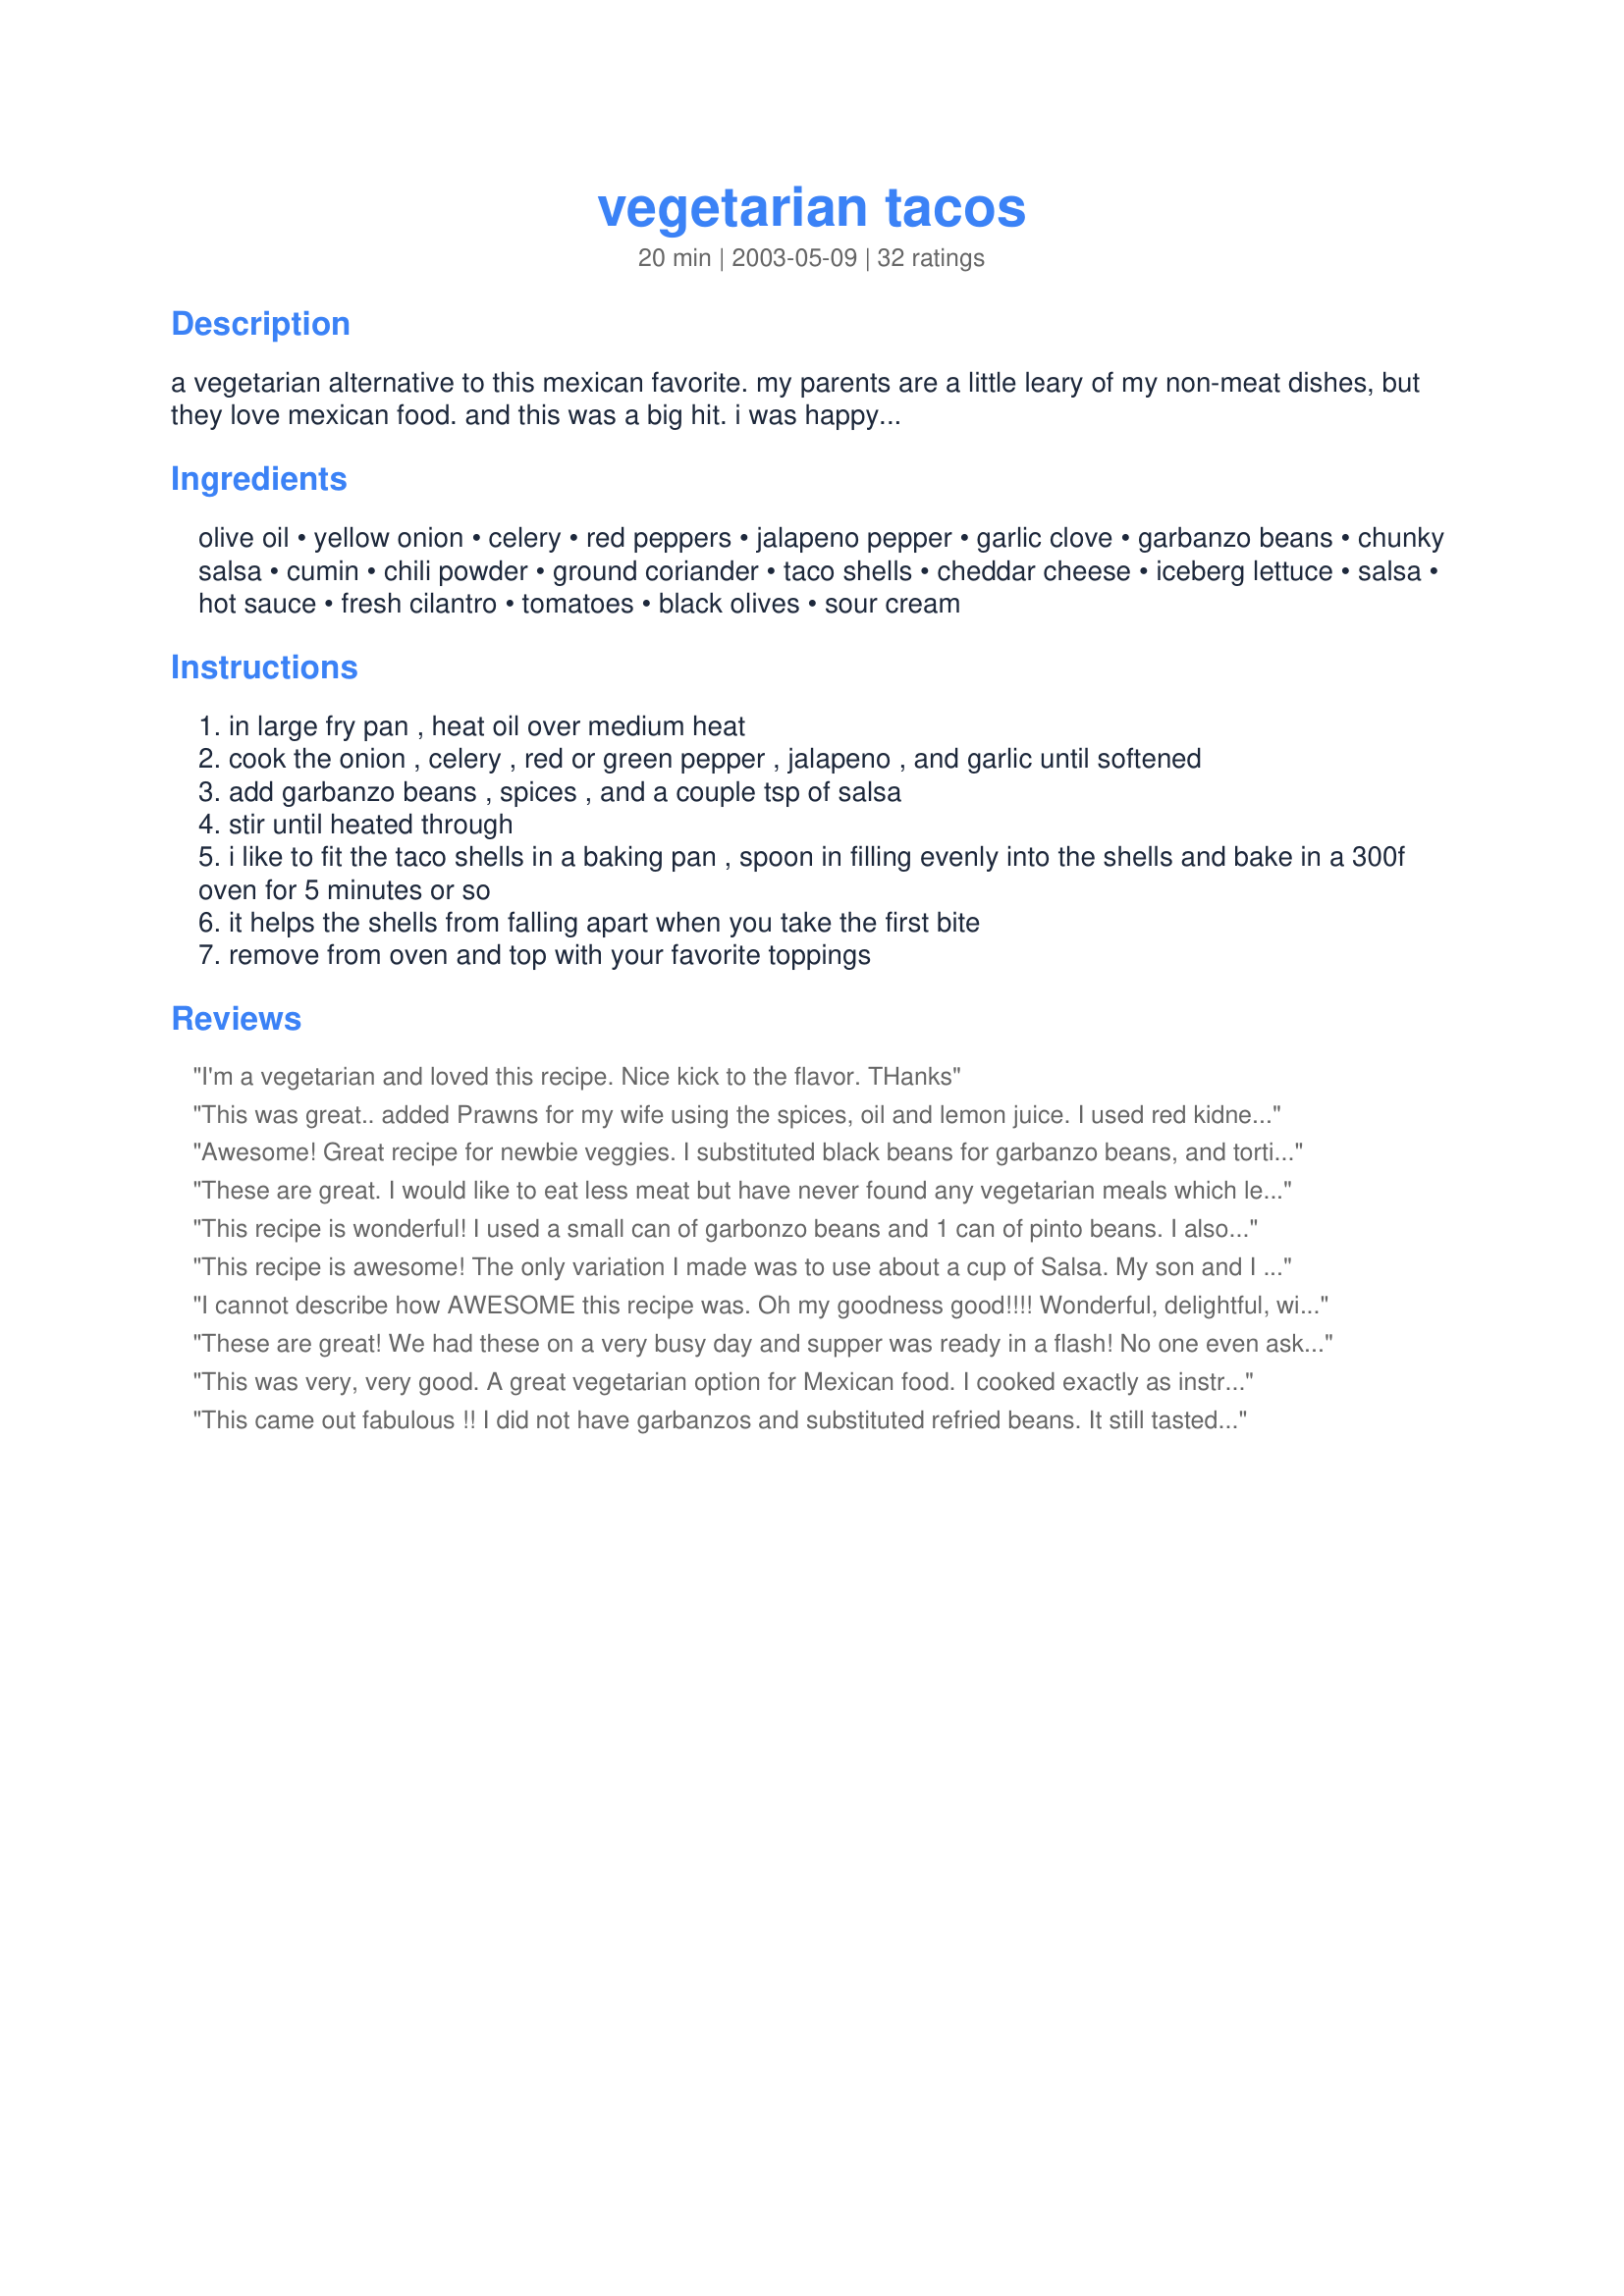
vegetarian tacos
Preparation time: 20 minutes

a vegetarian alternative to this mexican favorite. my parents are a little leary of my non-meat dishes, but they love mexican food. and this was a big hit. i was happy...

Ingredients:
olive oil, yellow onion, celery, red peppers, jalapeno pepper, garlic clove, garbanzo beans, chunky salsa, cumin, chili powder, ground coriander, taco shells, cheddar cheese, iceberg lettuce, salsa, hot sauce, fresh cilantro, tomatoes, black olives, sour cream

Steps:
in large fry pan , heat oil over medium heat
cook the onion , celery , red or green pepper , jalapeno , and garlic until softened
add garbanzo beans , spices , and a couple tsp of salsa
stir until heated through
i like to fit the taco shells in a baking pan , spoon in filling evenly into the shells and bake in a 300f oven for 5 minutes or so
it helps the shells from falling apart when you take the first bite
remove from oven and top with your favorite toppings

Reviews:
I'm a vegetarian and loved this recipe. Nice kick to the flavor. THanks
This was great.. added Prawns for my wife using the spices, oil and lemon juice. I used red kidney beans rather than garbanzo beans. We both loved it!
Awesome! Great recipe for newbie veggies. I substituted black beans for garbanzo beans, and tortilla chips for taco shells. I turned out quiet well.
These are great. I would like to eat less meat but have never found any vegetarian meals which leave me satisfied. These are the first vegetarian dish going into the rotation.<br/><br/>Notes: I used diced tomatoes instead of salsa, since the rest of the ingredients in salsa were already added (peppers, garlic, onion, cilantro, salt). I left out the coriander because I didn't have it on hand. Thanks for this!
This recipe is wonderful! I used a small can of garbonzo beans and 1 can of pinto beans. I also only did half the jalapeno because of serving little ones. It was a big hit all around!
This recipe is awesome! The only variation I made was to use about a cup of Salsa. My son and I are being vegetarians for 21 days and this is one recipe that is going to carry beyond. Thanks!
I cannot describe how AWESOME this recipe was. Oh my goodness good!!!! Wonderful, delightful, will make again and again.
These are great! We had these on a very busy day and supper was ready in a flash! No one even asked for usual hamburg/taco mix -- yummy! We will be having these again soon -- in fact I am going to stock up on the garbanzo beans and the other ingredients so I can make these whenever I don't feel like making dinner but want something fast and good! Thanks for sharing!
This was very, very good. A great vegetarian option for Mexican food. I cooked exactly as instructed, but used a potato masher just before serving to mash the whole mixture just a bit. Found it easier to serve into the tortillas this way.
This came out fabulous !! I did not have garbanzos and substituted refried beans. It still tasted great. I cannot wait to try this out with garbanzos. I will never use taco seasoning ever again !!
I am a vegetarian .... and this ISN'T the BEST I ever had it needs more protein you should add tofu and beans..... but it was good!
My vegetarian family members LOVE this recipe. The surprise is my husband preferred it to the turkey taco meat we normally fix.
This has been in one of my cookbooks since I first joined Recipezaar and I'm glad I finally made it. I sauteed the vegetables for about 5 minutes, wrapped the filling in flour tortillas instead of tacos and topped it with tomatoes, cilantro, scallions, regular cheddar cheese, low-fat yogurt, black olives and hot sauce. Easy recipe, and filling doesn't make a mess while eating. Thanks!
These are great! Can't wait to make them for the bf and sis. I made other recipes online and they were not good. The spices combo is just right here. Some things I did:
*To make this quick, I used frozen diced green peppers. And jarred jalepeno pepper (slivers) that I diced.
*For nutrition and most importantly flavor, I doubled the veggies. (Highly recommend using 50% veggies, and 50% beans... this is also why I also added in more of the spices). I left out the celery. 
*I added more of the same spices listed in ingredients, but in the same ratio here (1:1). 

For cooking: I sauteed the onions good, by themselves on med-low heat for a while. Added jalepeno peppers, and then threw in the green peppers and turned the stoves heat up. Let cook about 7 mins. 
Added the beans and salsa and salt. This is when I tastes for extra spice. 

I used Taco Bell hard shell tacos. Easy to cook. Turn them upside down in the microwave and mic for 30-45 secs depending on the quantity (2-4 at a time). Crispy and wonderful. 

Only needed lettuce these were so good.
We are very new to vegetarian dishes, so with each recipe I try, I'm hopin' and prayin' that it will be edible! Not only was this recipe edible, it was delicious! Thanks for making our new lifestyle change a yummy one!
I made this for the first time today and it was really good. The beans themselves didn't stay in the taco shell, so I blended a few of them with some taco sauce and stirred that into the beans, and it worked perfectly. I will be making this over and over again.
Yum! Who needs meat!? These were really good. I didn't use the garbanzo beans because I was out. So Instead I sauteed the green peppers and onion in OO until soft (didn't use celery), then I used a package of organic taco seasoning I had and cooked it as if the veggies were the meat. It turned out really good. I made burritos out of this. Put down about a tbsp of re fried beans, then the seasoned veg, lettuce, tomato, salsa, and raw cheddar. They were great. I did not miss the meat! My husband even liked them (Huge meat eater, and very picky!) KEEPER.
We loved these with black beans and another time with pinto beans. My husband isn't a fan of garbanzo beans. We omitted the celery due to personal preference. I kept everything else the same and used all of the garnishes plus avocado cubes. Excellent!
This was too good to be true. Nice and spicy, but nicely tempered by the sour cream. I don't think anyone in my family missed the meat in these tacos. In fact, they were surprised that there was no meat, but they still enjoyed it!
My husband made these last night and they were fantastic. Even he, who often doesn't like vegetarian dishes, raved about them. We followed your directions and ingredients exactly and they came out great. (I might use a soft flour tortilla next time, kind of like a burrito, just so I can fit more of the yummy filling in each serving.) Thanks for this great recipe!!
I love this taco recipe! Thanks so much sharing it! I changed it up a bit and posted the results on my blog! Great recipe! Thanks :) http://theironrangevegetarian.wordpress.com/2013/12/31/tinos-vegetarian-taco-night/
I tried ur recipe for the first its really great ... as said ... it takes 20min and its very efficient ...
This made a nice dinner. I used a few rings of pickled jalapeno and a lime and garlic salsa. I topped mine with cheddar cheese and sour cream. Thanks Kozmic Blues!
this is so good. we have made it twice now and none has been left over yet. we omited the jalapeno because it is just about as spicy as i can stand without it. we didn't have any coriander so we put a tiny dash of cinnamon in instead. over all this is one of my new favorite recipes. thanks kosmic blues!
Enjoyed this addition to my expanding collection of vegetarian recipes! I didn't follow the recipe exactly: didn't include celery, only used 1/4 of a jalepeno ( to suit tender tastebuds), used about half a 4 oz can of tomato sauce instead of salsa, only 1/4 tsp. chili powder, AND I included some refried beans with the garbanzos, mashing them together (to increase my chances of getting the kids to try and enjoy this dish as well as adding to the "stick -togetherness" of the beans. I am pleased to say that the children in question did try this and even said "this is ok"! (Instead of the usual response of disgust I have been getting as we are trying to improve our diet).
excellent proportions
This was very good and all three of our children ate it. It was quick, inexpensive, and certainly on the repeat list.
Super substitute for meat tacos!! This is wonderful; if you are a fan of regular tacos/burritos, you have to try this! I might mash the beans a bit next time- I think someone reluctant to forego the meat might like that better.
This is so delicious! I doubled the recipe...and next time I think I'll have to triple it, since it was so popular! I used red kidney beans instead of garbanzo and served with toppings of cheese, tomatoes, salsa, and scallions. 
Thanks so much for this great recipe, which I will be making again and again!
Wow these are excellent, great combination. My Husband does not even like Tacos but he loved these. My Son's girlfriend is a vegetarian so these worked perfectly. I also cooked some hamburg for those who missed the meat. Personally I did not miss it one bit.
These are REALLY FABULOUS!!! The flavors really ROCK and the garbanzos are a greattttttttt substitute for the meat in tacos!!!! I love the addition of cumin, because it is one of my most favorite spices!! And the coriander was also a very nice addition :-)
I topped these bad boys with vegan cheese (non-dairy), some hot salsa, and shredded lettuce and a small amount of tomato!!!
This recipe was fantastic. I skipped the garlic, celery, jalapeno, and subsituted chick peas for black beans. I think the salsa I had (Garden Fresh Screamin' Hot) added a lot of flavor. My husband and I typically cook Indian food, and this was a great break from our routine. I plan on making it again next week. :)
